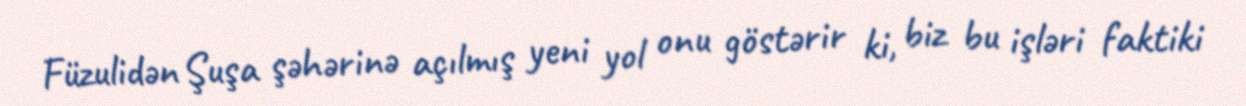
Füzulidən Şuşa şəhərinə açılmış yeni yol onu göstərir ki, biz bu işləri faktiki